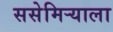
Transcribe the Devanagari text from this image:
ससेमिर्‍याला